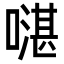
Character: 𠾻